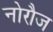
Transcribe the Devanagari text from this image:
नोरौज